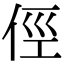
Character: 俓